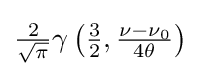
{\textstyle {\frac {2}{\sqrt {\pi }}}\gamma \left({\frac {3}{2}},{\frac {\nu -\nu _{0}}{4\theta }}\right)}